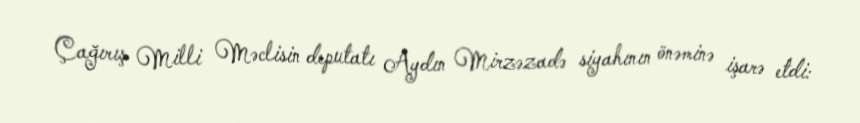
Çağırış Milli Məclisin deputatı Aydın Mirzəzadə siyahının önəminə işarə etdi: